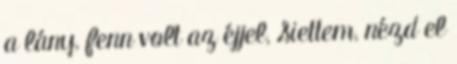
a lány, fenn volt az éjjel, Siettem, nézd el